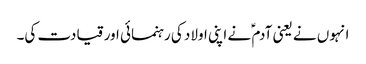
انہوں نے یعنی آدم ؑ نے اپنی اولاد کی رہنمائی اور قیادت کی۔